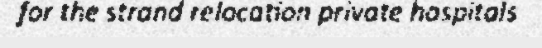
for the strand relocation private hospitals